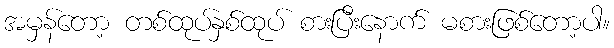
အမှန်တော့ တစ်ထုပ်နှစ်ထုပ် စားပြီးနောက် မစားဖြစ်တော့ပါ။